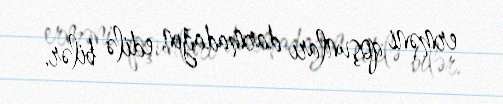
erməni qoşunları darmadağın edilə bilər.